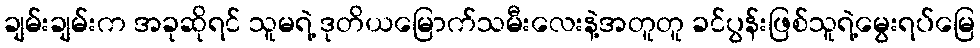
ချမ်းချမ်းက အခုဆိုရင် သူမရဲ့ ဒုတိယမြောက်သမီးလေးနဲ့အတူတူ ခင်ပွန်းဖြစ်သူရဲ့မွေးရပ်မြေ